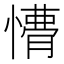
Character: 𭞩